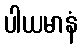
ပါယမာနံ